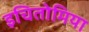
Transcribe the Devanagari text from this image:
इचितोमिया